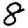
Digit: 8